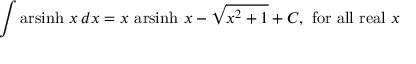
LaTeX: \int \operatorname { a r s i n h } \, x \, d x = x \, \operatorname { a r s i n h } \, x - { \sqrt { x ^ { 2 } + 1 } } + C , { \mathrm { ~ f o r ~ a l l ~ r e a l ~ } } x